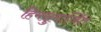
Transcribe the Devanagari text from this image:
हिमसुमार्जित